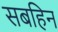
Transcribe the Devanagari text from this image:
सबहिन